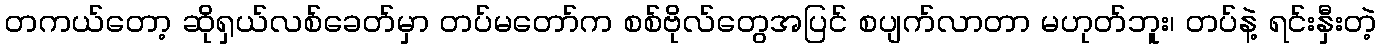
တကယ်တော့ ဆိုရှယ်လစ်ခေတ်မှာ တပ်မတော်က စစ်ဗိုလ်တွေအပြင် စပျက်လာတာ မဟုတ်ဘူး၊ တပ်နဲ့ ရင်းနှီးတဲ့